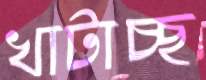
খাটাচ্ছ